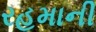
રહમાની